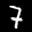
Label: 7